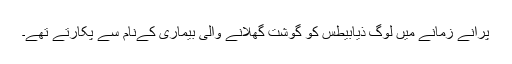
پرانے زمانے میں لوگ ذیابیطس کو گوشت گھلانے والی بیماری کےنام سے پکارتے تھے۔